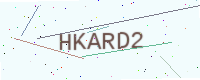
Text: HKARD2